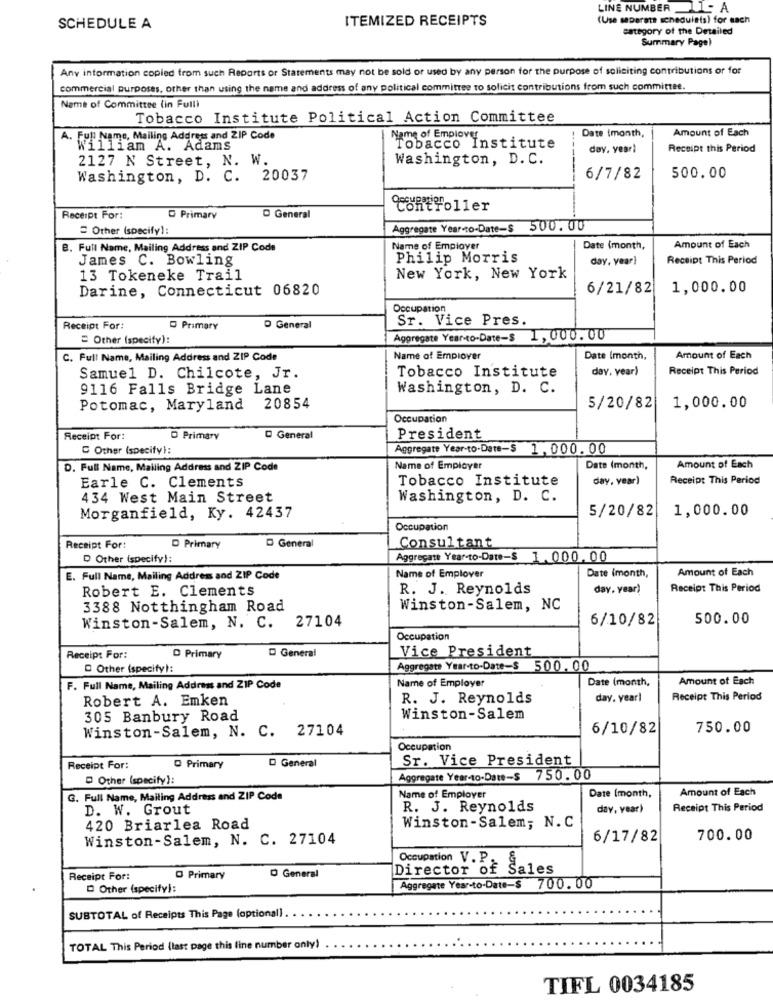
LINE NUMBER _11- A
ITEMIZED RECEIPTS
(Use separate scheduleis) for each
SCHEDULE A
category of the Detailed
Summary Pagel
Any information copied from such Reports or Statements may not be sold or used by any person for the purpose of soliciting contributions or for
commercial purposes, other than using the name and address of any political committee to solicit contributions from such committee.
Name of Committee (in Full)
Tobacco Institute Political Action Committee
Date imonth,
Amount of Each
. Full Name, Mailing Address and ZIP Code
Name of Empiover
William A. Adams
Tobacco Institute
day. year)
Receipt this Period
2127 N Street, N. W.
Washington, D. C.
Washington, D. C. 20037
6/7/82
500.00
Controller
Receipt For:
O Primary
D General
Other (specify):
Aggregate Year-to-Date-$ 500.00
B. Full Name, Mailing Address and ZIP Code
Name of Employer
Date (month,
Amount of Each
James C. Bowling
Philip Morris
day, year)
Receipt This Period
13 Tokeneke Trail
New York, New York
Darine, Connecticut 06820
6/21/82
1,000.00
Occupation
Sr. Vice Pres.
Receipt For:
D Primary
D General
= Other (specify):
Aggregate Yearto-Date-$ 1,000.00
C. Full Name, Mailing Address and ZIP Code
Name of Employer
Date (month,
Amount of Each
Tobacco Institute
day, year)
Receipt This Period
Samuel D. Chilcote, Jr.
9116 Falls Bridge Lane
Washington, D. C.
Potomac, Maryland
20854
5/20/82
1,000.00
Occupation
Receipt For:
D Primary
D General
President
C Other (specify):
Aggregate Year-to-Date-$ 1, 000. 00
D. Full Name, Mailing Address and ZIP Code
Name of Employer
Date (month,
Amount of Each
Earle C. Clements
Tobacco Institute
day, vear)
Receipt This Period
434 West Main Street
Washington, D. C.
5/20/82
1,000.00
Morganfield, Ky. 42437
Occupation
Receipt For:
D Primary
D General
Consultant
D Other (specify):
Aggregate Year-to-Date-$ 1 . 000.00
Amount of Each
E. Full Name, Mailing Address and ZIP Code
Name of Emplover
Date (month,
Robert E. Clements
R. J. Reynolds
day, year)
Receipt This Period
3388 Notthingham Road
Winston-Salem, NC
6/10/82
500.00
Winston-Salem, N. C. 27104
Occupation
D General
Vice President
Receipt For:
D Primary
Other (specify):
Aggregate Year-to-Date-$ 500. 00
Name of Employer
Date (month,
Amount of Each
F. Full Name, Mailing Address and ZIP Code
Robert A. Emken
R. J. Reynolds
day. yearl
Receipt This Period
305 Banbury Road
Winston-Salem
Winston-Salem, N. C. 27104
6/10/82
750.00
Occupation
D General
Sr. Vice President
Receipt For:
O Primary
Other (specify):
Aggregate Year-to-Date-$ 750.00
Amount of Each
G. Full Name, Mailing Address and ZIP Code
Name of Employer
Date (month,
D. W. Grout
R. J. Reynolds
day, year)
Receipt This Period
420 Briarlea Road
Winston-Salem; N. C
Winston-Salem, N. C. 27104
6/17/82
700.00
Occupation V . P.
D General
Director of Sales
Receipt For:
O Primary
D Other (specify):
Aggregate Year-to-Date-$ 700.00
SUBTOTAL of Receipts This Page (optional) .
TOTAL This Period (last page this line number only)
TIFL 0034185